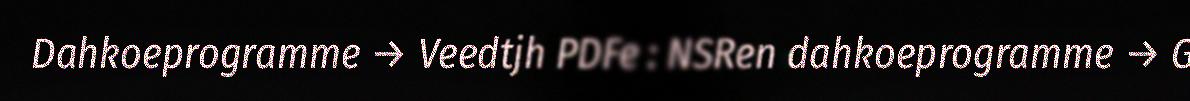
Dahkoeprogramme → Veedtjh PDFe : NSRen dahkoeprogramme → G